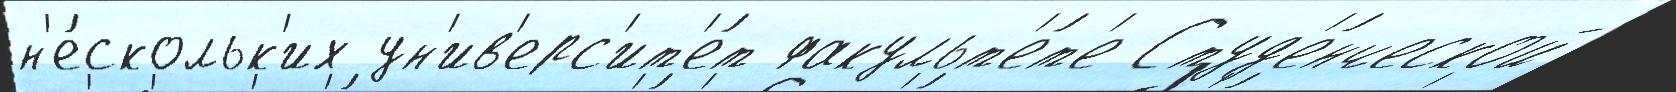
н'е́скольк'их ун'ив'ерс'ит'е́т факульт'е́т'е Студ'е́нческой